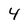
Character: 4